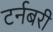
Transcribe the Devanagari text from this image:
टर्नबरी